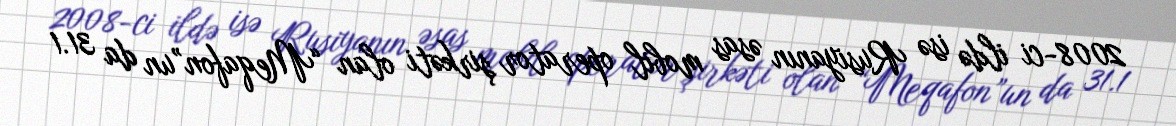
2008-ci ildə isə Rusiyanın əsas mobil operator şirkəti olan “Meqafon”un da 31.1